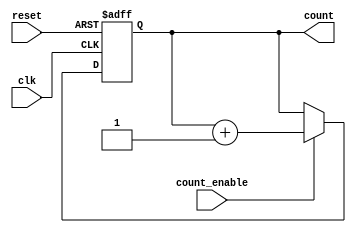
module async_counter (
    input wire clk,            // Clock input
    input wire reset,          // Asynchronous reset input
    input wire count_enable,   // Count enable input
    output reg [3:0] count     // 4-bit output count
);

// Asynchronous reset and counting logic
always @(posedge clk or posedge reset) begin
    if (reset) begin
        count <= 4'b0000;      // Reset count to 0
    end else if (count_enable) begin
        count <= count + 1;    // Increment count
    end
end

endmodule